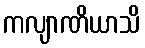
ကလျာဏိယာသိ